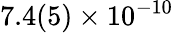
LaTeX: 7.4(5)\times 10^{-10}